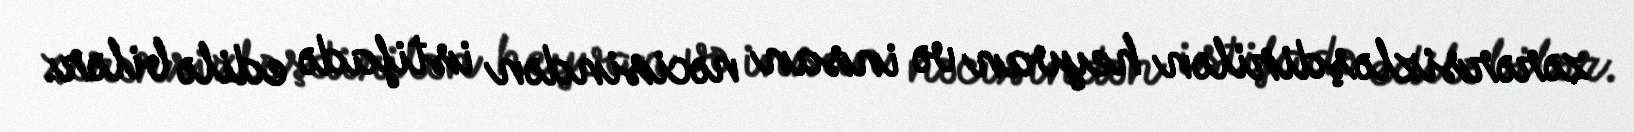
zərərsizləşdirilən heyvan və insan nəcisindən istifadə edilə bilər.